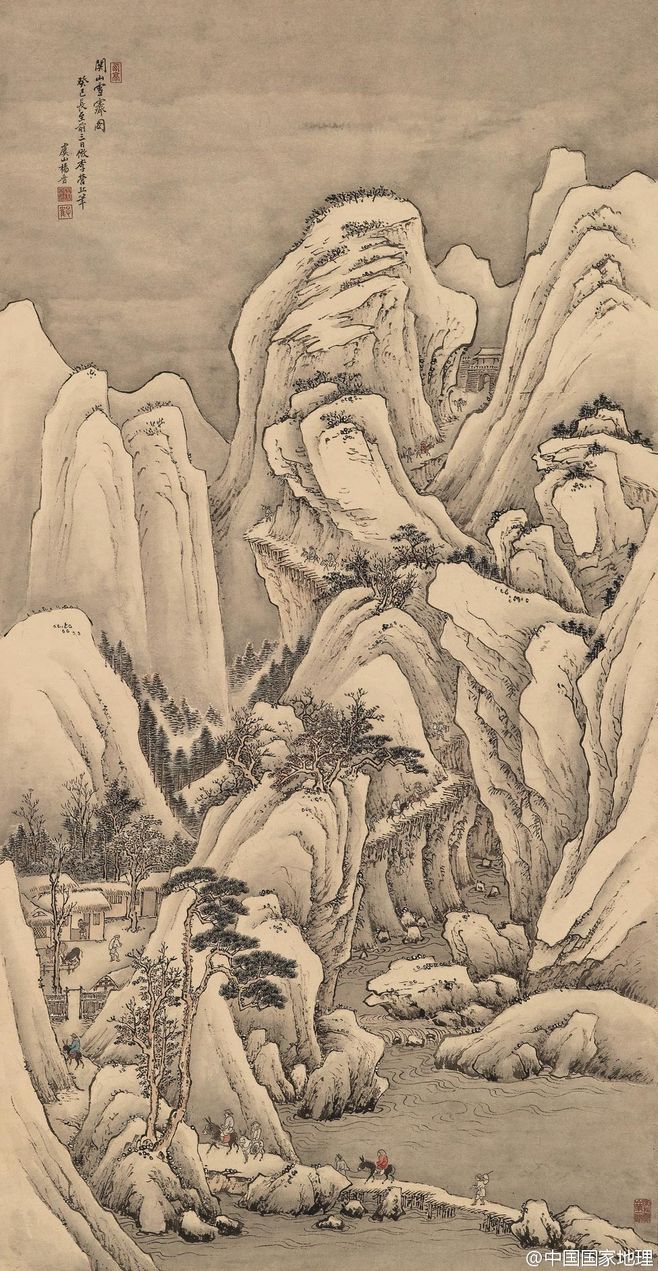
夜寒茅店不成眠，残月照吟鞭。